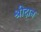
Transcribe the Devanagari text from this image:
श्रीदान